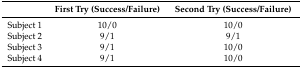
<table><thead><tr><td></td><td><b>First Try (Success/Failure)</b></td><td><b>Second Try (Success/Failure)</b></td></tr></thead><tbody><tr><td>Subject 1</td><td>10/0</td><td>10/0</td></tr><tr><td>Subject 2</td><td>9/1</td><td>9/1</td></tr><tr><td>Subject 3</td><td>9/1</td><td>10/0</td></tr><tr><td>Subject 4</td><td>9/1</td><td>10/0</td></tr></tbody></table>